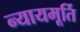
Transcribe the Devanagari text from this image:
न्‍यायमूर्ति